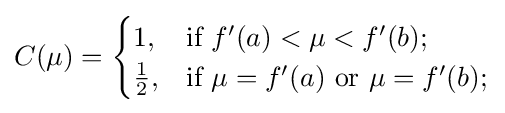
C(\mu )={\begin{cases}1,&{\text{if }}f'(a)<\mu <f'(b);\\{\frac {1}{2}},&{\text{if }}\mu =f'(a){\text{ or }}\mu =f'(b);\\\end{cases}}